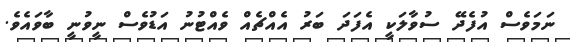
ނަމަވެސް އުފެދޭ ސުވާލަކީ އެފަދަ ބަރު އެއްޗެއް ވެއްޓުނު އަޑުވެސް ނީވުނީ ބާވައެވެ.